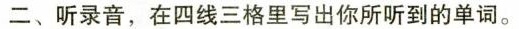
二、听录音，在四线三格里写出你所听到的单词.。